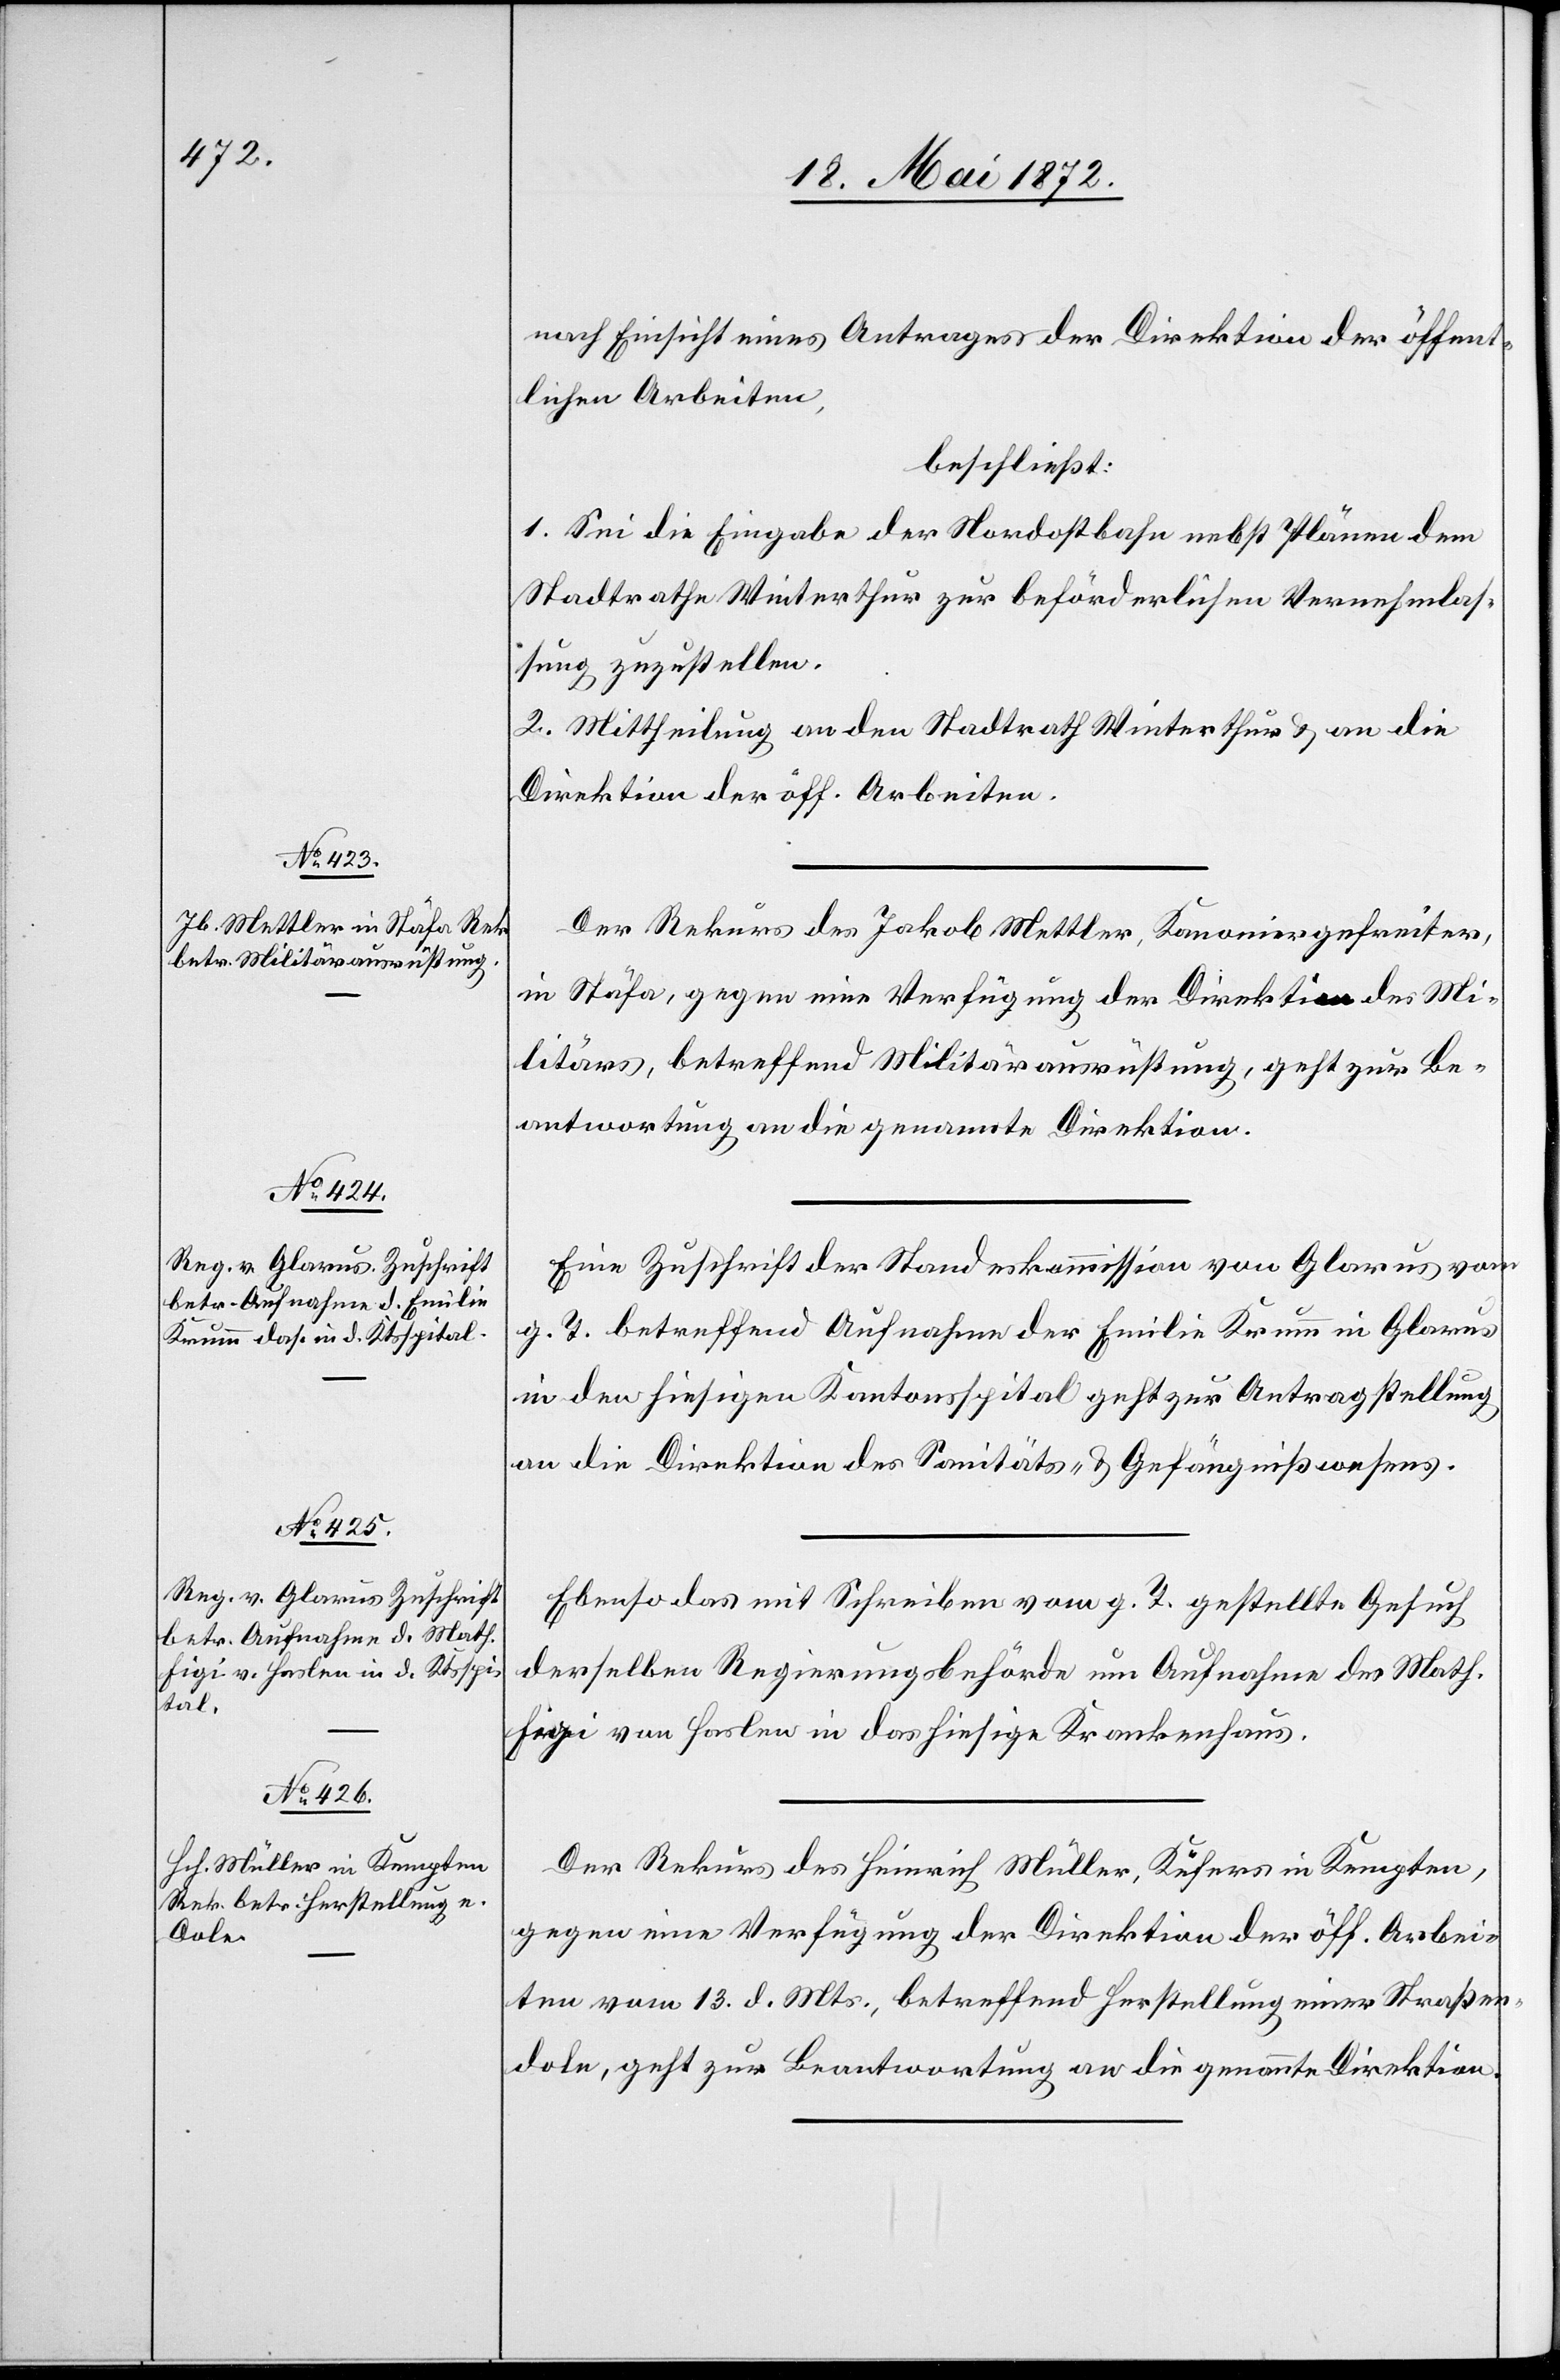
22. Mai 1872.]
nach Einsicht eines Antrages der Direktion der öffent¬
lichen Arbeiten,
beschließt:
1. Sei die Eingabe der Nordostbahn nebst Plänen dem
Stadtrathe Winterthur zur beförderlichen Vernehmlas¬
sung zuzustellen.
2. Mittheilung an den Stadtrath Winterthur u. an die
Direktion der öff. Arbeiten.
Der Rekurs des Jakob Mettler, Kanoniergefreiter,
in Stäfa, gegen eine Verfügung der Direktion des Mi¬
litärs, betreffend Militärausrüstung, geht zur Be¬
antwortung an die genannte Direktion.
Eine Zuschrift der Standeskommission von Glarus vom
g. T. betreffend Aufnahme der Emilie Krumm in Glarus
in den hiesigen Kantonsspital geht zur Antragstellung
an die Direktion des Sanitäts- u. Gefängnißwesens.
Ebenso das mit Schreiben vom g. T. gestellte Gesuch
derselben Regierungsbehörde um Aufnahme des Math.
Figi von Haslen in das hiesige Krankenhaus.
Der Rekurs des Heinrich Müller, Küfers in Kempten,
gegen eine Verfügung der Direktion der öff. Arbei¬
ten vom 13. d. Mts., betreffend Herstellung einer Straßen¬
dole, geht zur Beantwortung an die genannte Direktion.